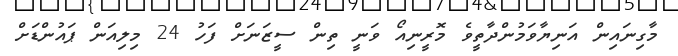
މާގިނައިން އަނިޔާވަމުންދާތީވެ މޮރީނިއޯ ވަނީ ތިން ސީޒަނަށް ފަހު 24 މިލިއަން ޕައުންޑަށް